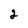
Character: 2